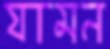
যামন